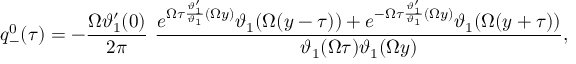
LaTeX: q _ { - } ^ { 0 } ( \tau ) = - \frac { \Omega \vartheta _ { 1 } ^ { \prime } ( 0 ) } { 2 \pi } ~ \frac { e ^ { \Omega \tau \frac { \vartheta _ { 1 } ^ { \prime } } { \vartheta _ { 1 } } ( \Omega y ) } \vartheta _ { 1 } ( \Omega ( y - \tau ) ) + e ^ { - \Omega \tau \frac { \vartheta _ { 1 } ^ { \prime } } { \vartheta _ { 1 } } ( \Omega y ) } \vartheta _ { 1 } ( \Omega ( y + \tau ) ) } { \vartheta _ { 1 } ( \Omega \tau ) \vartheta _ { 1 } ( \Omega y ) } ,